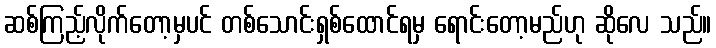
ဆစ်ကြည့်လိုက်တော့မှပင် တစ်သောင်းရှစ်ထောင်ရမှ ရောင်းတော့မည်ဟု ဆိုလေ သည်။